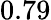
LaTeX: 0.79